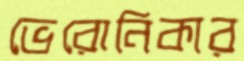
ভেরোনিকার